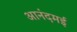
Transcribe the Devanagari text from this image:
आनंदमई